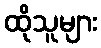
ထိုသူများ